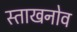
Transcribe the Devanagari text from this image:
स्ताखनोव